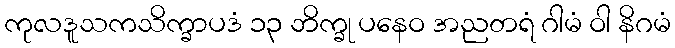
ကုလဒူသကသိက္ခာပဒံ ၁၃ ဘိက္ခု ပနေဝ အညတရံ ဂါမံ ဝါ နိဂမံ